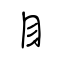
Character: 目